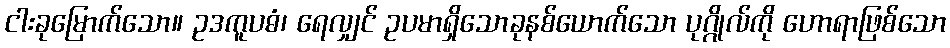
ငါးခုမြောက်သော။ ဥဒကူပဓံ၊ ရေလျှင် ဥပမာရှိသောခုနစ်ယောက်သော ပုဂ္ဂိုလ်ကို ဟောရာဖြစ်သော